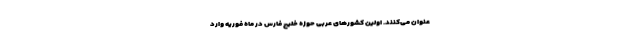
عنوان می‌کنند. اولین کشورهای عربی حوزه خلیج فارس در ماه فوریه وارد